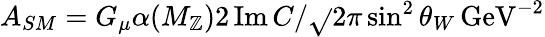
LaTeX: A_{SM}=G_{\mu}\alpha(M_{\mathbb{Z}})2\, \mathrm{{Im}}\, C/\sqrt{}{{2}}\pi\sin^{2}\theta_{W}\, \mathrm{{GeV}}^{-2}